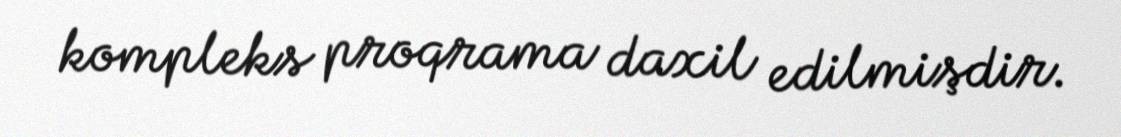
kompleks proqrama daxil edilmişdir.